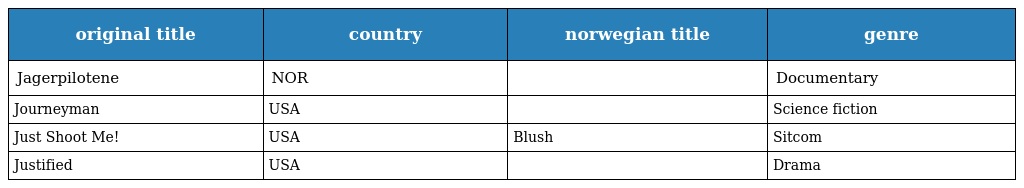
| original title | country | norwegian title | genre |
 | --- | --- | --- | --- |
 | Jagerpilotene | NOR |  | Documentary |
 | Journeyman | USA |  | Science fiction |
 | Just Shoot Me! | USA | Blush | Sitcom |
 | Justified | USA |  | Drama |